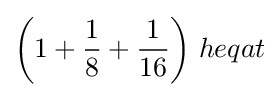
{\bigg (}1+{\frac {1}{8}}+{\frac {1}{16}}{\bigg )}\;heqat